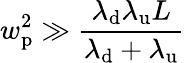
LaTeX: w_{\mathrm{p}}^{2}\gg\frac{\lambda_{\mathrm{d}}\lambda_{\mathrm{u}}L}{\lambda_{\mathrm{d}}+\lambda_{\mathrm{u}}}